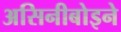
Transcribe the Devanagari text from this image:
असिनीबोइने